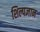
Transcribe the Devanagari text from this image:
शिल्पज्ञान